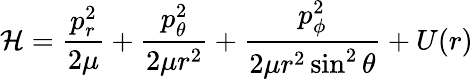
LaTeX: \mathcal{H}=\frac{p_{r}^{2}}{2\mu}+\frac{p_{\theta}^{2}}{2\mu r^{2}}+\frac{p_{\phi}^{2}}{2\mu r^{2}\sin^{2}\theta}+U(r)